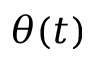
\theta ( t )